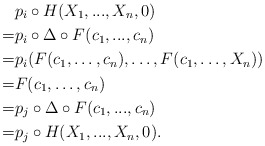
\begin{align*}&p_i \circ H (X_1,...,X_n,0)\\= & p_i \circ \Delta \circ F (c_1,...,c_n)\\=&p_i(F(c_1,\dots,c_n),\dots,F(c_1,\dots, X_n))\\=&F(c_1,\dots,c_n)\\=&p_j \circ \Delta \circ F (c_1,...,c_n)\\=&p_j \circ H (X_1,...,X_n,0).\end{align*}